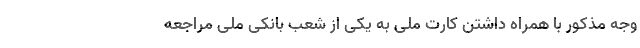
وجه مذکور با همراه داشتن کارت ملی به یکی از شعب بانکی ملی مراجعه